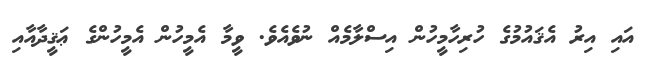
އައި އިރު އެޤައުމުގެ ހުރިހާމީހުން އިސްލާމެއް ނުވެއެވެ. ވީމާ އެމީހުން އެމީހުންގެ ޢަޤީދާއާއި